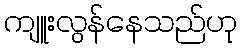
ကျူးလွန်နေသည်ဟု